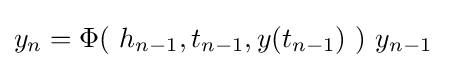
y_{n}=\Phi (\ h_{n-1},t_{n-1},y(t_{n-1})\ )\ y_{n-1}\quad